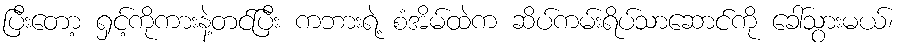
ပြီးတော့ ရှင့်ကိုကားနဲ့တင်ပြီး ကဘားရဲ့ စံအိမ်ထဲက ဆိပ်ကမ်းရိပ်သာဆောင်ကို ခေါ်သွားမယ်၊